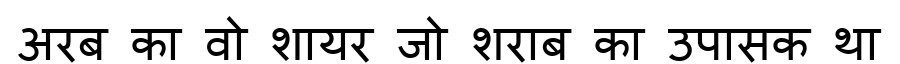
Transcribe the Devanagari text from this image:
अरब का वो शायर जो शराब का उपासक था